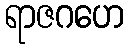
ရာဇဂဟေ